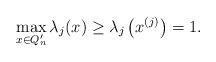
LaTeX: \begin{align*}\max_{x\in Q_n'} \lambda_j(x)\geq \lambda_j\left(x^{(j)}\right)=1. \end{align*}